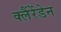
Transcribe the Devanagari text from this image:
क्लैंरेंडेन